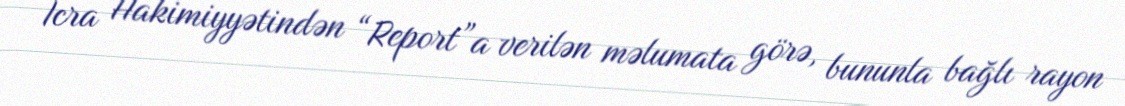
İcra Hakimiyyətindən “Report”a verilən məlumata görə, bununla bağlı rayon